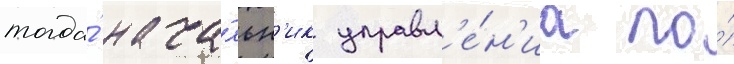
тогда́ нача́льн'ик управл'е́н'иа по́